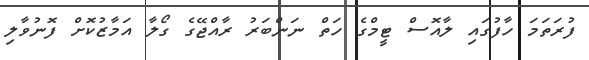
ފުރަތަމަ ހާފުގައި ލާއޮސް ޓީމްގެ ހަތް ނަންބަރު ރާއްޖޭގެ ގޯލާ އަމާޒުކޮށް ފޮނުވާލި